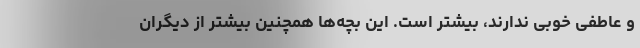
و عاطفی خوبی ندارند، بیشتر است. این بچه‌ها همچنین بیشتر از دیگران